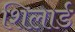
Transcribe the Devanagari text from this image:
शिलार्ड